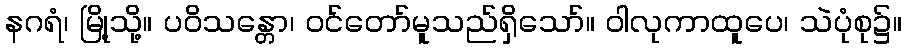
နဂရံ၊ မြို့သို့။ ပဝိသန္တော၊ ဝင်တော်မူသည်ရှိသော်။ ဝါလုကာထူပေ၊ သဲပုံစု၌။